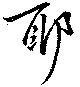
耶